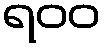
ရ၀၀